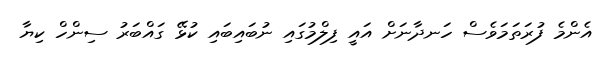
އެންމެ ފުރަތަމަވެސް ހަނދާނަށް އައީ ފިލްމުގައި ނުބައިބައި ކުޅޭ ގައްބަރު ސިންހް ކިޔާ